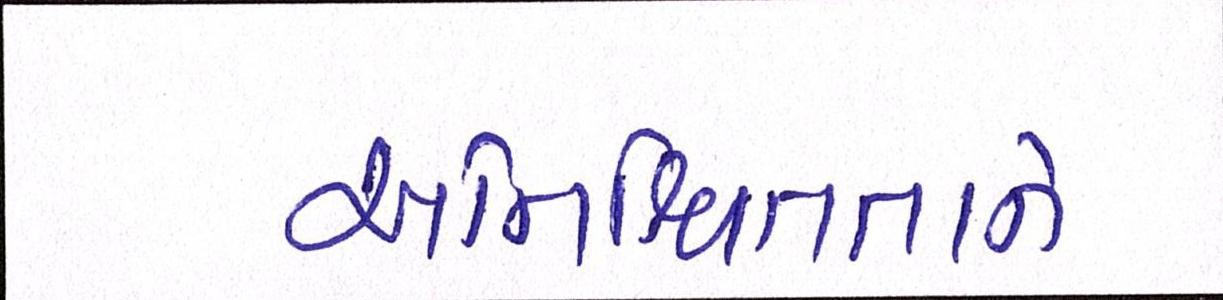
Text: અનિશ્ચિતતાને